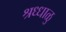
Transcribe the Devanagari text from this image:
श्रध्धाळु